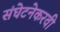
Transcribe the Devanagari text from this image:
संघेटनेकरवी